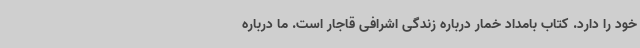
خود را دارد. کتاب بامداد خمار درباره زندگی اشرافی قاجار است. ما درباره